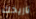
تاريخك